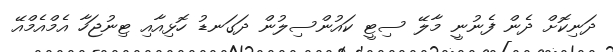
ދަނިކޮށް ދެން ފެނުނީ މާލޭ ސިޓީ ކައުންސިލުން ދަގަނޑު ހޮޅިއާއި ޓިނުޖަހާ އެމްއެމްއޭ